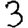
Digit: 3